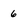
Character: 6